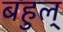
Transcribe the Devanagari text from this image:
बहुल्